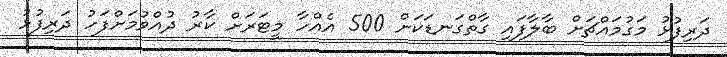
ދަރިފުޅު މަގުމައްޗަށް ބާލާފައި ގާތްގަނޑަކަށް 500 އެއްހާ މީޓަރަށް ކާރު ދުއްވުމަށްފަހު ދަރިފުޅު